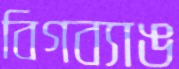
বিগব্যাঙ